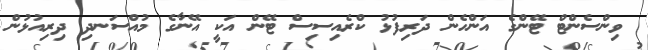
ވިންސެންޓް ޓޭންގެ އަންހެން ދަރިފުޅު ކްރެއިސިސް ޓޭން އަކީ އޭނާގެ މުއްސަނދި ދިރިއުޅުން